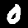
Digit: 0